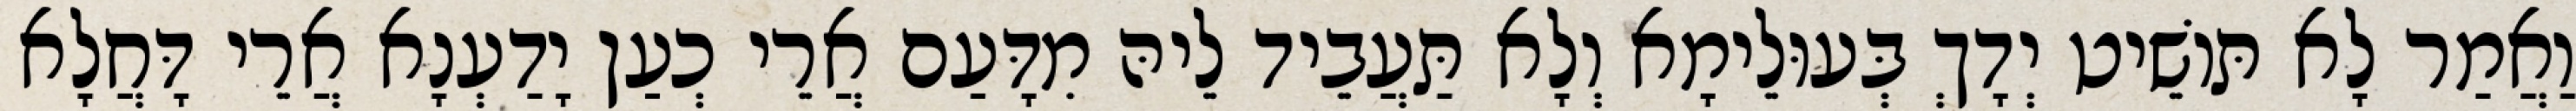
וַאֲמַר לָא תּוֹשֵׁיט יְדָךְ בְּעוּלֵימָא וְלָא תַּעֲבֵיד לֵיהּ מִדָּעַם אֲרֵי כְעַן יָדַעְנָא אֲרֵי דָּחֲלָא